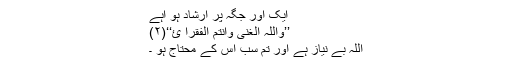
ایک اور جگہ پر ارشاد ہو اہے
’’وَاللّٰہُ الْغَنِیُّ وَاَنْتُمْ الفُقَرَآ ئُ‘‘(۲)
اللہ بے نیاز ہے اور تم سب اس کے محتاج ہو ۔